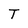
Character: T